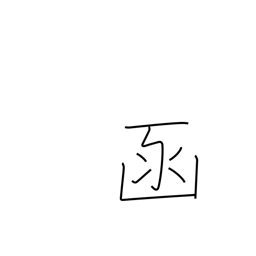
Meaning: box (archaic)